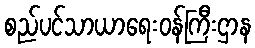
စည်ပင်သာယာရေးဝန်ကြီးဌာန